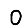
Digit: 0